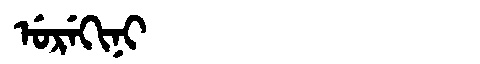
Manchu: ᡠᡵᡝᡴᡳᠨᡳ
Romanization: UREKINI